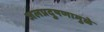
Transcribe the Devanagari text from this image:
जलप्रदुषणामुळे